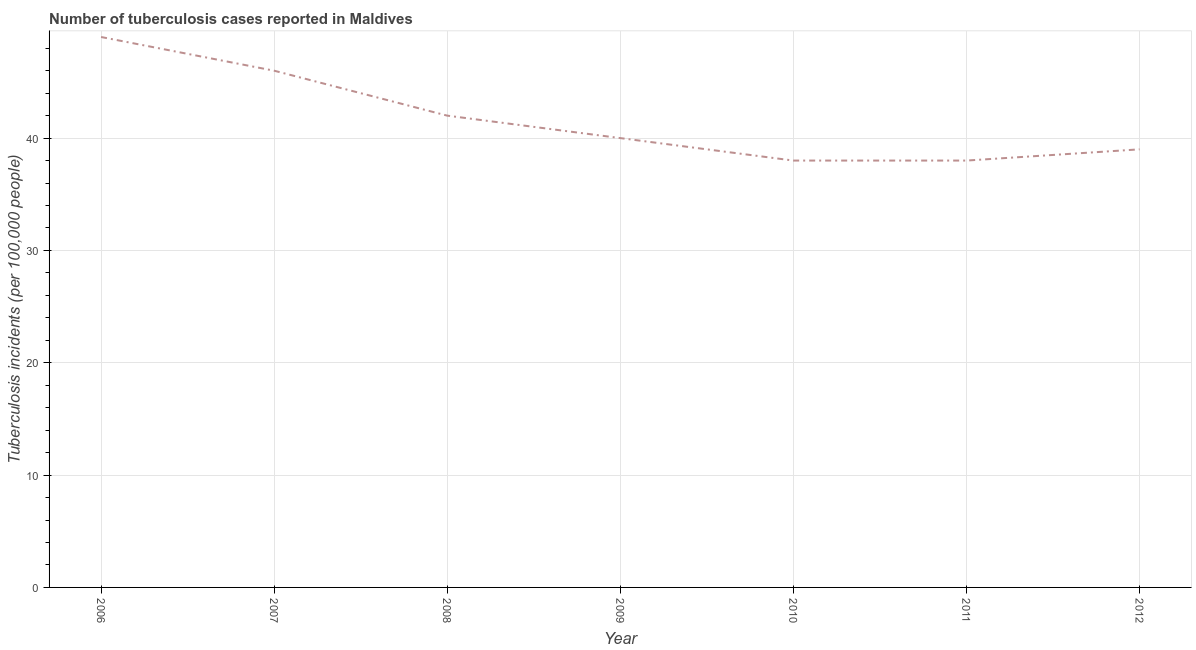
| Year | Incidence of tuberculosis |
 | --- | --- |
 | 2006 | 49 |
 | 2007 | 46 |
 | 2008 | 42 |
 | 2009 | 40 |
 | 2010 | 38 |
 | 2011 | 38 |
 | 2012 | 39 |